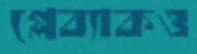
প্লেব্যাকও